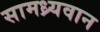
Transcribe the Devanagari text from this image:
सामध्र्यवान